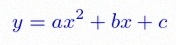
y=ax^2+bx+c